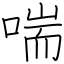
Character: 喘